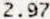
2.97